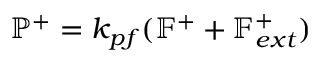
\mathbb { P } ^ { + } = k _ { p f } ( \mathbb { F } ^ { + } + \mathbb { F } _ { e x t } ^ { + } )